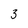
Character: 3